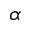
\alpha